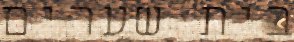
בית שערים